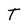
Character: T